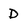
Character: D